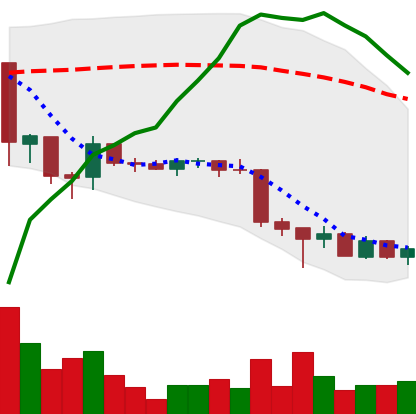
Ticker: EOS-USD
Chart end date: 2018-06-29
Forward return: 14.935%
Label: up_7plus